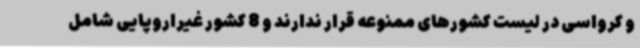
و کرواسی در لیست کشورهای ممنوعه قرار ندارند و 8 کشور غیراروپایی شامل